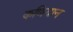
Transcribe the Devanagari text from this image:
कणियान